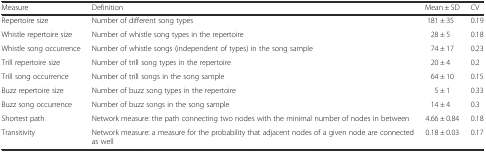
| Measure | Definition | Mean ± SD | CV |
 | --- | --- | --- | --- |
 | Repertoire size | Number of different song types | 181 ± 35 | 0.19 |
 | Whistle repertoire size | Number of whistle song types in the repertoire | 28 ± 5 | 0.18 |
 | Whistle song occurrence | Number of whistle songs (independent of types) in the song sample | 74 ± 17 | 0.23 |
 | Trill repertoire size | Number of trill song types in the repertoire | 20 ± 4 | 0.2 |
 | Trill song occurrence | Number of trill songs in the song sample | 64 ± 10 | 0.15 |
 | Buzz repertoire size | Number of buzz song types in the repertoire | 5 ± 1 | 0.33 |
 | Buzz song occurrence | Number of buzz songs in the song sample | 14 ± 4 | 0.3 |
 | Shortest path | Network measure: the path connecting two nodes with the minimal number of nodes in between | 4.66 ± 0.84 | 0.18 |
 | Transitivity | Network measure: a measure for the probability that adjacent nodes of a given node are connected as well | 0.18 ± 0.03 | 0.17 |